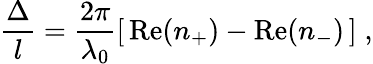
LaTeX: \frac{\Delta}{l}=\frac{2\pi}{\lambda_{0}}\left[\, \mathrm{Re}(n_{+})-\mathrm{Re}(n_{-})\, \right]\; ,